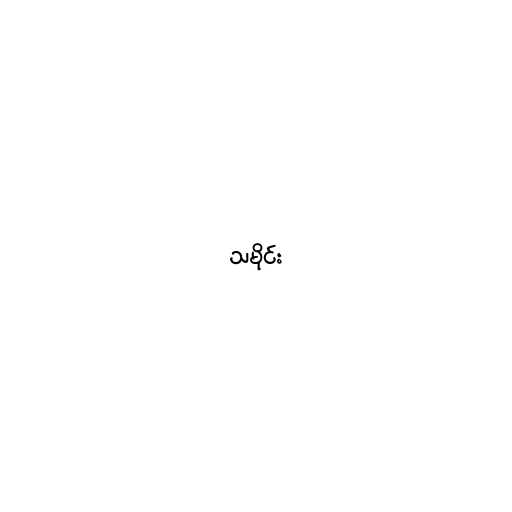
သမိုင်း